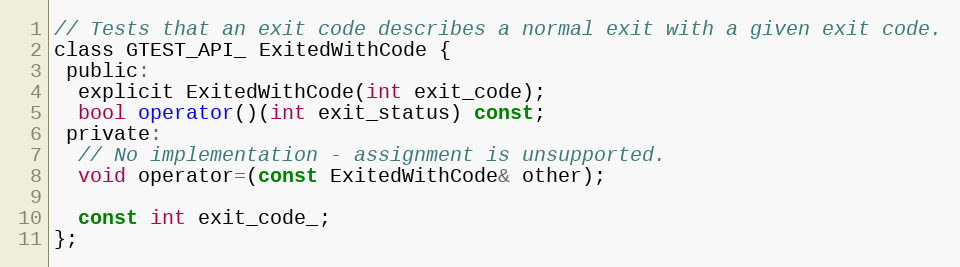
Language: C
// Tests that an exit code describes a normal exit with a given exit code.
class GTEST_API_ ExitedWithCode {
 public:
  explicit ExitedWithCode(int exit_code);
  bool operator()(int exit_status) const;
 private:
  // No implementation - assignment is unsupported.
  void operator=(const ExitedWithCode& other);

  const int exit_code_;
};